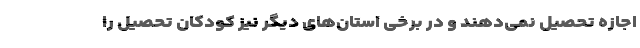
اجازه تحصیل نمی‌دهند و در برخی استان‌های دیگر نیز کودکان تحصیل را